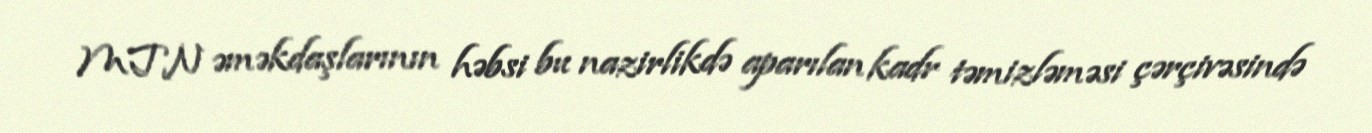
MTN əməkdaşlarının həbsi bu nazirlikdə aparılan kadr təmizləməsi çərçivəsində